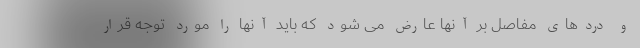
و دردهای مفاصل بر آنها عارض می شود که باید آنها را مورد توجه قرار